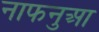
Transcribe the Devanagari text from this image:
नाफनुआ